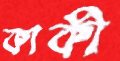
কাকী